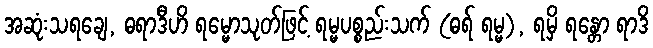
အဆုံးသရချေ, ဓရာဒီဟိ ရမ္မောသုတ်ဖြင့် ရမ္မပစ္စည်းသက် (ဓရ် ရမ္မ), ရမှိ ရန္တော ရာဒိ